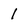
Character: 1